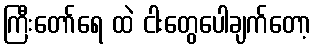
ကြီးတော်ရေ ထဲ ငါးတွေပေါချက်တော့